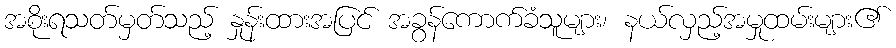
အစိုးရသတ်မှတ်သည့် နှုန်းထားအပြင် အခွန်ကောက်ခံသူများ၊ နယ်လှည့်အမှုထမ်းများ၏